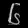
Digit: ၆